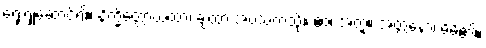
ရှေးရှုဆောင်၍။ နိက္ခိတ္တောယထာ၊ ချထားအပ်သကဲ့သို့။ ဧဝံ၊ အတူ။ အတ္တနော၊ မိမိ၏။